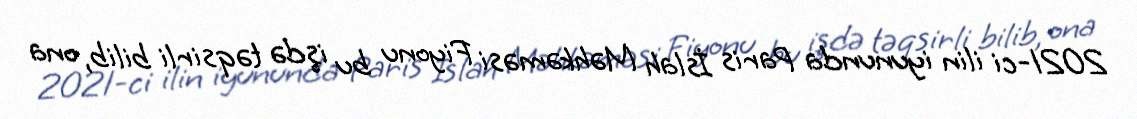
2021-ci ilin iyununda Paris İslah Məhkəməsi Fiyonu bu işdə təqsirli bilib, ona